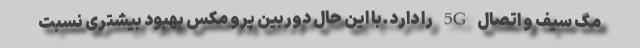
مگ سیف و اتصال 5G را دارد.با این حال دوربین پرو مکس بهبود بیشتری نسبت